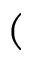
(